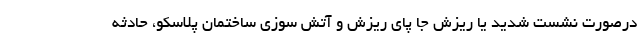
درصورت نشست شدید یا ریزش جا پای ریزش و آتش سوزی ساختمان پلاسکو، حادثه